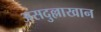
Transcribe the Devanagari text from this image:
असदुल्लाखान